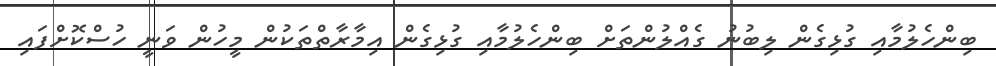
ބިންހެލުމާއި ގުޅިގެން ލިބުނު ގެއްލުންތަށް ބިންހެލުމާއި ގުޅިގެން އިމާރާތްތަކުން މީހުން ވަނީ ހުސްކޮށްފައި